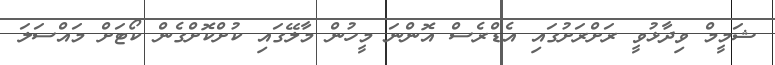
ޝަމީމް ވިދާޅުވީ ރަށްރަށުގައި އެޑްރެސް އޮންނަ މީހުން މާލޭގައި ކުށްކޮށްގެން ކޯޓަށް މައްސަލަ